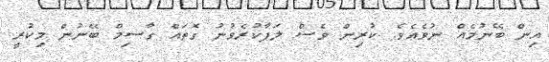
އިން ބޭނުމެއް ނުވެއެވެ. ކުރިން ވެސް ލަފާކުރެވުނު ގޮތައް ގާސިމް ބޭނުން މިކުރީ